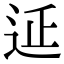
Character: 𨒂